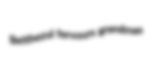
Betthezul fervours grandmas